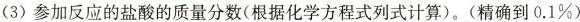
(3)参加反应的盐酸的质量分数(根据化学方程式列式计算)。(精确到0.1\%)